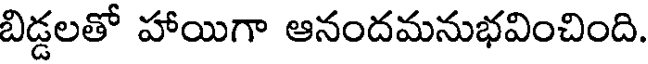
బిడ్డలతో హాయిగా ఆనందమనుభవించింది.